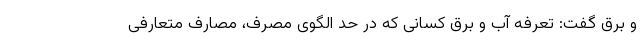
و برق گفت: تعرفه آب و برق کسانی که در حد الگوی مصرف، مصارف متعارفی